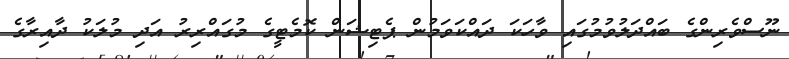
ނޫސްވެރިންގެ ބައްދަލުވުމުގައި ވާހަކަ ދައްކަވަމުން ޕެޓިޝަން ކޮމެޓީގެ މުގައްރިރު އަދި މުލަކު ދާއިރާގެ